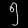
Digit: ၅